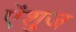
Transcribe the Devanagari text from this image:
ऐंशुज